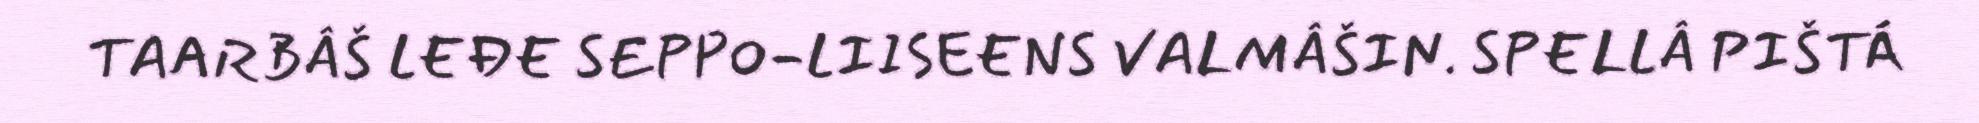
TAARBÂŠ LEĐE SEPPO-LIISEENS VALMÂŠIN. SPELLÂ PIŠTÁ